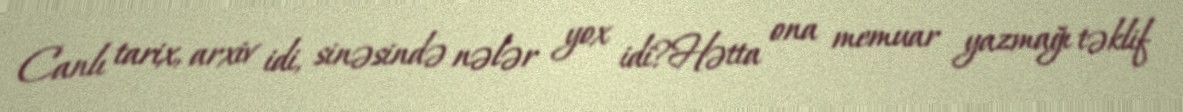
Canlı tarix, arxiv idi, sinəsində nələr yox idi?Hətta ona memuar yazmağı təklif